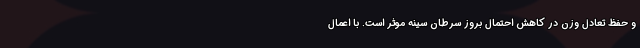
و حفظ تعادل وزن در کاهش احتمال بروز سرطان سینه موثر است. با اعمال